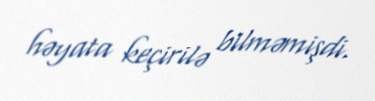
həyata keçirilə bilməmişdi.